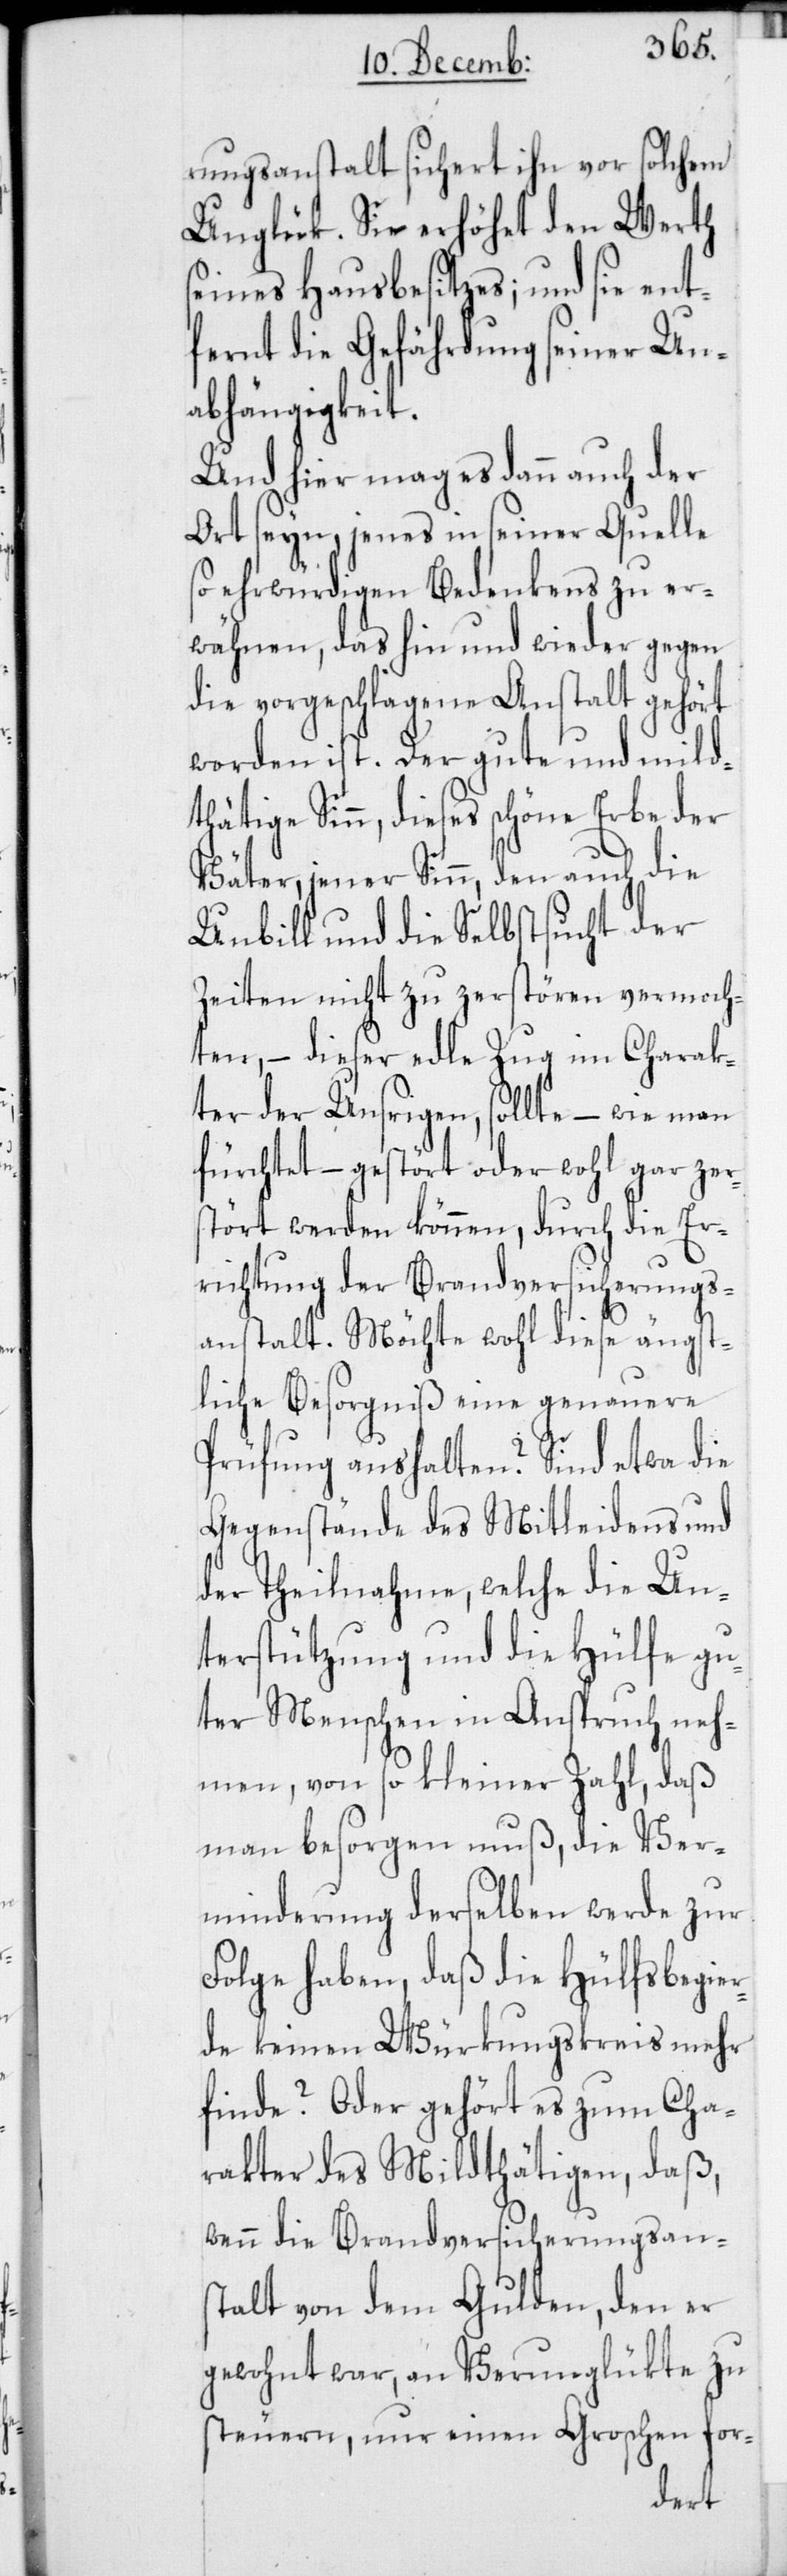
rungsanstalt sichert ihn vor solchem
Unglük. Sie erhöhet den Werth
seines Hausbesitzes; und sie ent¬
fernt die Gefährdung seiner Un¬
abhängigkeit.
Und hier mag es dann auch der
Ort seyn, jenes in seiner Quelle
so ehrwürdigen Bedenkens zu er¬
wähnen, das hin und wieder gegen
die vorgeschlagene Anstalt gehört
worden ist. Der gute und mild¬
thätige Sinn, dieses schöne Erbe der
Väter, jener Sinn, den auch die
Unbill und die Selbstsucht der
Zeiten nicht zu zerstören vermoch¬
ten, – dieser edle Zug im Charak¬
ter der Unsrigen, sollte – wie man
fürchtet, – gestört oder wohl gar zer¬
stört werden können, durch die Er¬
richtung der Brandversicherungs¬
anstalt. Möchte wohl diese ängst¬
liche Besorgniß eine genauere
Prüfung aushalten? Sind etwa die
Gegenstände des Mitleidens und
der Theilnahme, welche die Un¬
terstützung und die Hülfe gu¬
ter Menschen in Anspruch neh¬
men, von so kleiner Zahl, daß
besorgen muß, die Ver¬
minderung derselben werde zur
Folge haben, daß die Hülfsbegier¬
de keinen Würkungskreis mehr
finde? Oder gehört es zum Cha¬
rakter des Mildthätigen, daß,
wenn die Brandversicherungsans¬
talt von dem Gulden, den er
gewohnt war, an Verunglükte zu
steuern, nur einen Groschen for-